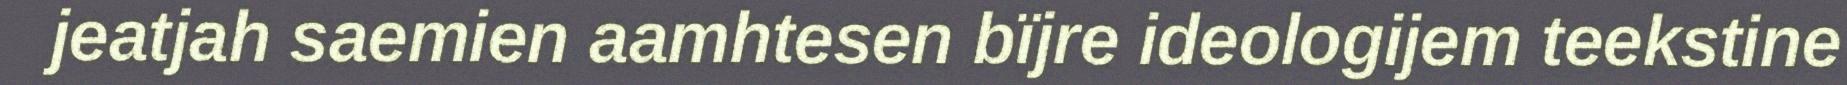
jeatjah saemien aamhtesen bïjre ideologijem teekstine